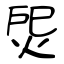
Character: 焈